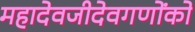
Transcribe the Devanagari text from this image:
महादेवजीदेवगणोंको